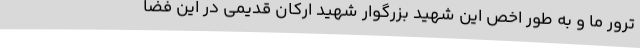
ترور ما و به طور اخص این شهید بزرگوار شهید ارکان قدیمی در این فضا